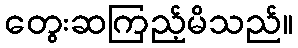
တွေးဆကြည့်မိသည်။